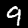
Digit: 9